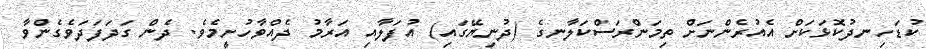
ކުޑަހިނދުކޮޅަކަށް އެއުރެންނަށް ތިމަންރަސްކަލާނގެ (ދުނިޔޭގައި) އުފަލާއި އަރާމު ދެއްވާހުށީމެވެ. ދެން ގަދަފަދަވެގެންވާ